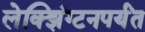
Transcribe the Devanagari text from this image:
लेक्झिंग्टनपर्यंत